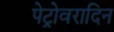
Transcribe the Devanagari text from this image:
पेट्रोवरादिन